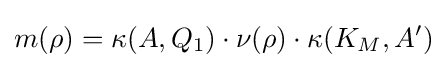
m(\rho )=\kappa (A,Q_{1})\cdot \nu (\rho )\cdot \kappa (K_{M},A')